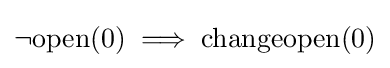
\neg \mathrm {open} (0)\implies \mathrm {changeopen} (0)